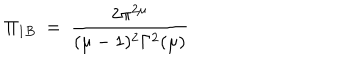
LaTeX: \Pi _ { 1 B } ~ = ~ \frac { 2 \pi ^ { 2 \mu } } { ( \mu - 1 ) ^ { 2 } \Gamma ^ { 2 } ( \mu ) }